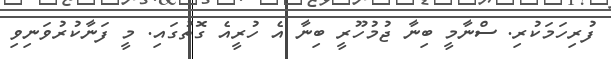
ފުރިހަމަކުރި. ސްނާމީ ބިނާ ޖުމުހޫރީ ބިނާ އެ ހުރީއެ ގޮތުގައި. މީ ފަނާކުރުވަނިވި